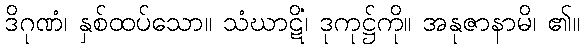
ဒိဂုဏံ၊ နှစ်ထပ်သော။ သံဃာဋိံ၊ ဒုကုဋ္ဌ်ကို။ အနုဇာနာမိ၊ ၏။